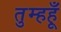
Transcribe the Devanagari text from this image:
तुम्हहूँ